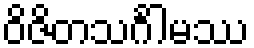
ဝိဇိတသင်္ဂါမဿ